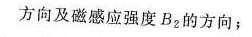
方向及磁感应强度B2的方向；